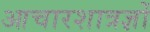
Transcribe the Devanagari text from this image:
आचारशात्रज्ञों